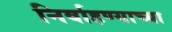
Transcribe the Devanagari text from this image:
निर्वाहण्याच्या